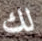
لك